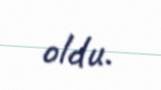
oldu.